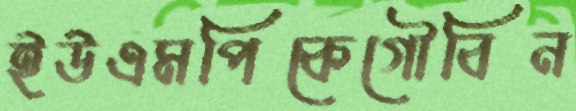
ইউএমপিকেগৌবিন